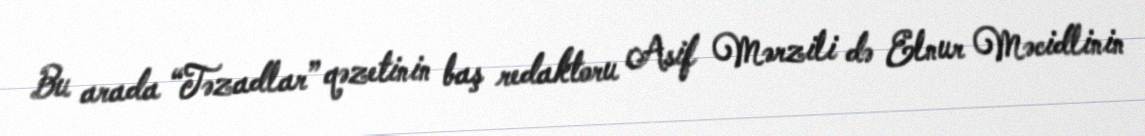
Bu arada “Təzadlar” qəzetinin baş redaktoru Asif Mərzili də Elnur Məcidlinin